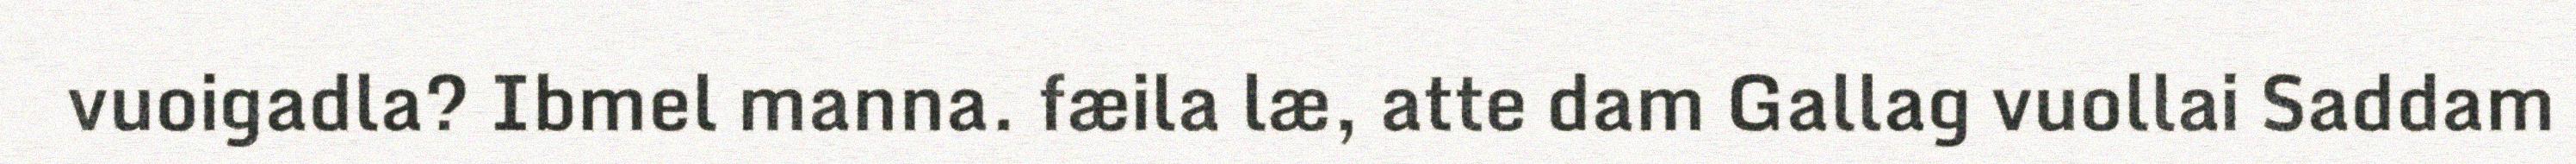
vuoigadla? Ibmel manna. fæila læ, atte dam Gallag vuollai Saddam